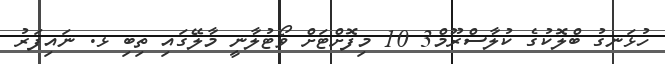
ހުޅަނގު ބްލޮކުގެ ކުލާސްރޫމް3 10 މިފޮށްޓަށް ވޯޓުލާނީ މާލޭގައި ތިބި ޅ. ނައިފަރު